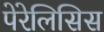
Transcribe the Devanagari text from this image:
पेरेलिसिस